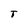
Character: T